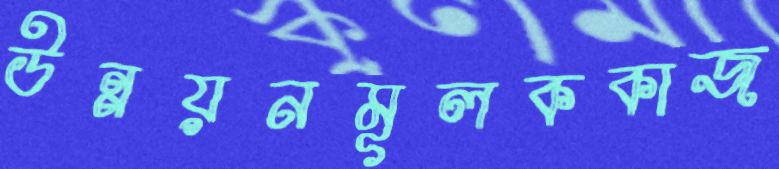
উন্নয়নমূলককাজ